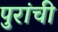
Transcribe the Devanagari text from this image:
पुरांची